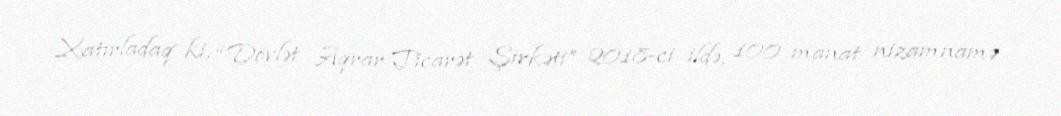
Xatırladaq ki, “Dövlət Aqrar Ticarət Şirkəti” 2018-ci ildə, 100 manat nizamnamə